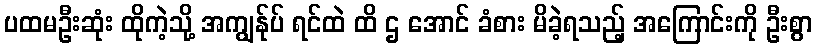
ပထမဦးဆုံး ထိုကဲ့သို့ အကျွန်ုပ် ရင်ထဲ ထိ ဌ အောင် ခံစား မိခဲ့ရသည့် အကြောင်းကို ဦးစွာ